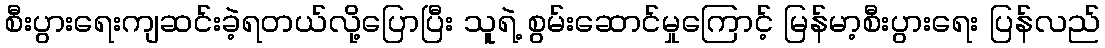
စီးပွားရေးကျဆင်းခဲ့ရတယ်လို့ပြောပြီး သူရဲ့ စွမ်းဆောင်မှုကြောင့် မြန်မာ့စီးပွားရေး ပြန်လည်